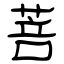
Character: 菩